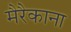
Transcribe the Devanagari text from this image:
मैरैकाना